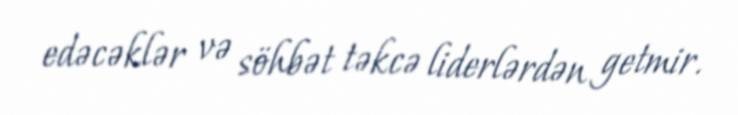
edəcəklər və söhbət təkcə liderlərdən getmir.